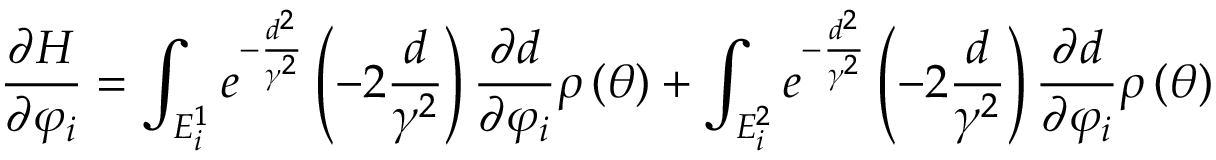
\frac { { \partial H } } { { \partial { \varphi _ { i } } } } = \int _ { { E _ { i } ^ { 1 } } } { { e ^ { - \frac { { { d ^ { 2 } } } } { { { \gamma ^ { 2 } } } } } } \left( { - 2 \frac { d } { { { \gamma ^ { 2 } } } } } \right) \frac { { \partial d } } { { \partial { \varphi _ { i } } } } \rho \left( \theta \right) } + \int _ { { E _ { i } ^ { 2 } } } { { e ^ { - \frac { { { d ^ { 2 } } } } { { { \gamma ^ { 2 } } } } } } \left( { - 2 \frac { d } { { { \gamma ^ { 2 } } } } } \right) \frac { { \partial d } } { { \partial { \varphi _ { i } } } } \rho \left( \theta \right) }